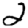
Digit: 2